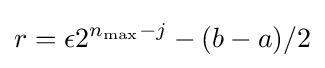
r=\epsilon 2^{n_{\max }-j}-(b-a)/2